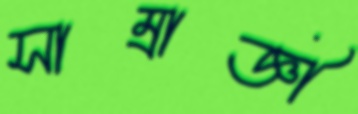
সাম্রাজ্ঞী